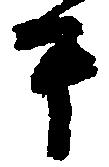
于